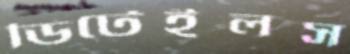
ডিটেইলস